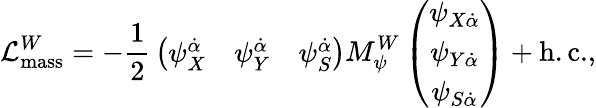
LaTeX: {\cal L}_{\mathrm{mass}}^{W}=-{\frac{1}{2}}\left(\begin{array}{ccc}{{\psi_{X}^{\dot{\alpha}}}}&{{\psi_{Y}^{\dot{\alpha}}}}&{{\psi_{S}^{\dot{\alpha}}}}\end{array}\right)M_{\psi}^{W}\left(\begin{array}{c}{{\psi_{X\dot{\alpha}}}}\\ {{\psi_{Y\dot{\alpha}}}}\\ {{\psi_{S\dot{\alpha}}}}\end{array}\right)+\mathrm{h.c.},